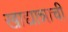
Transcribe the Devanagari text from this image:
खाद्यान्नाची